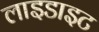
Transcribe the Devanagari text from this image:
लाइडाइट